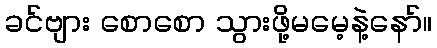
ခင်ဗျား စောစော သွားဖို့မမေ့နဲ့နော်။